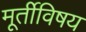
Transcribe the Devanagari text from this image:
मूर्तीविषय